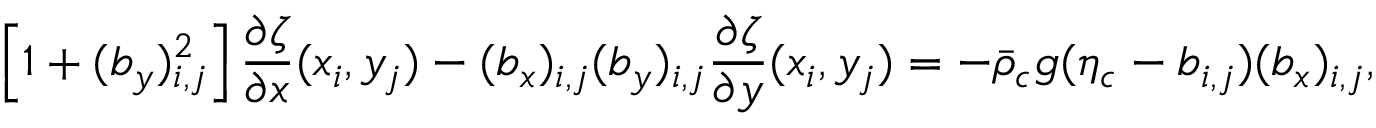
\left[ 1 + ( b _ { y } ) _ { i , j } ^ { 2 } \right] \frac { \partial \zeta } { \partial x } ( x _ { i } , y _ { j } ) - ( b _ { x } ) _ { i , j } ( b _ { y } ) _ { i , j } \frac { \partial \zeta } { \partial y } ( x _ { i } , y _ { j } ) = - \bar { \rho } _ { c } g ( \eta _ { c } - b _ { i , j } ) ( b _ { x } ) _ { i , j } ,